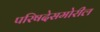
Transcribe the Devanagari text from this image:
परिषदेसमोरील